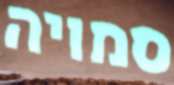
סמויה